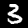
Label: 3